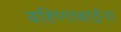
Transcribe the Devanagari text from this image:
बहिणाबाईना